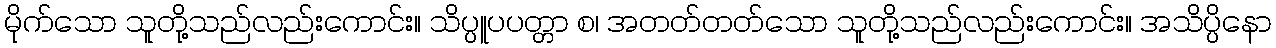
မိုက်သော သူတို့သည်လည်းကောင်း။ သိပ္ပူပပတ္တာ စ၊ အတတ်တတ်သော သူတို့သည်လည်းကောင်း။ အသိပ္ပိနော